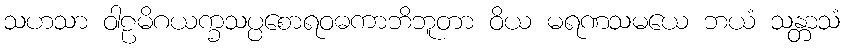
သဟသာ ဝါဠမိဂယက္ခသပ္ပစောရဝဓကာဘိဘူတာ ဝိယ မရဏသမယေ ဘယံ သန္တာသံ